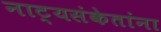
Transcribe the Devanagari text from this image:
नाट्यसंकेतांना